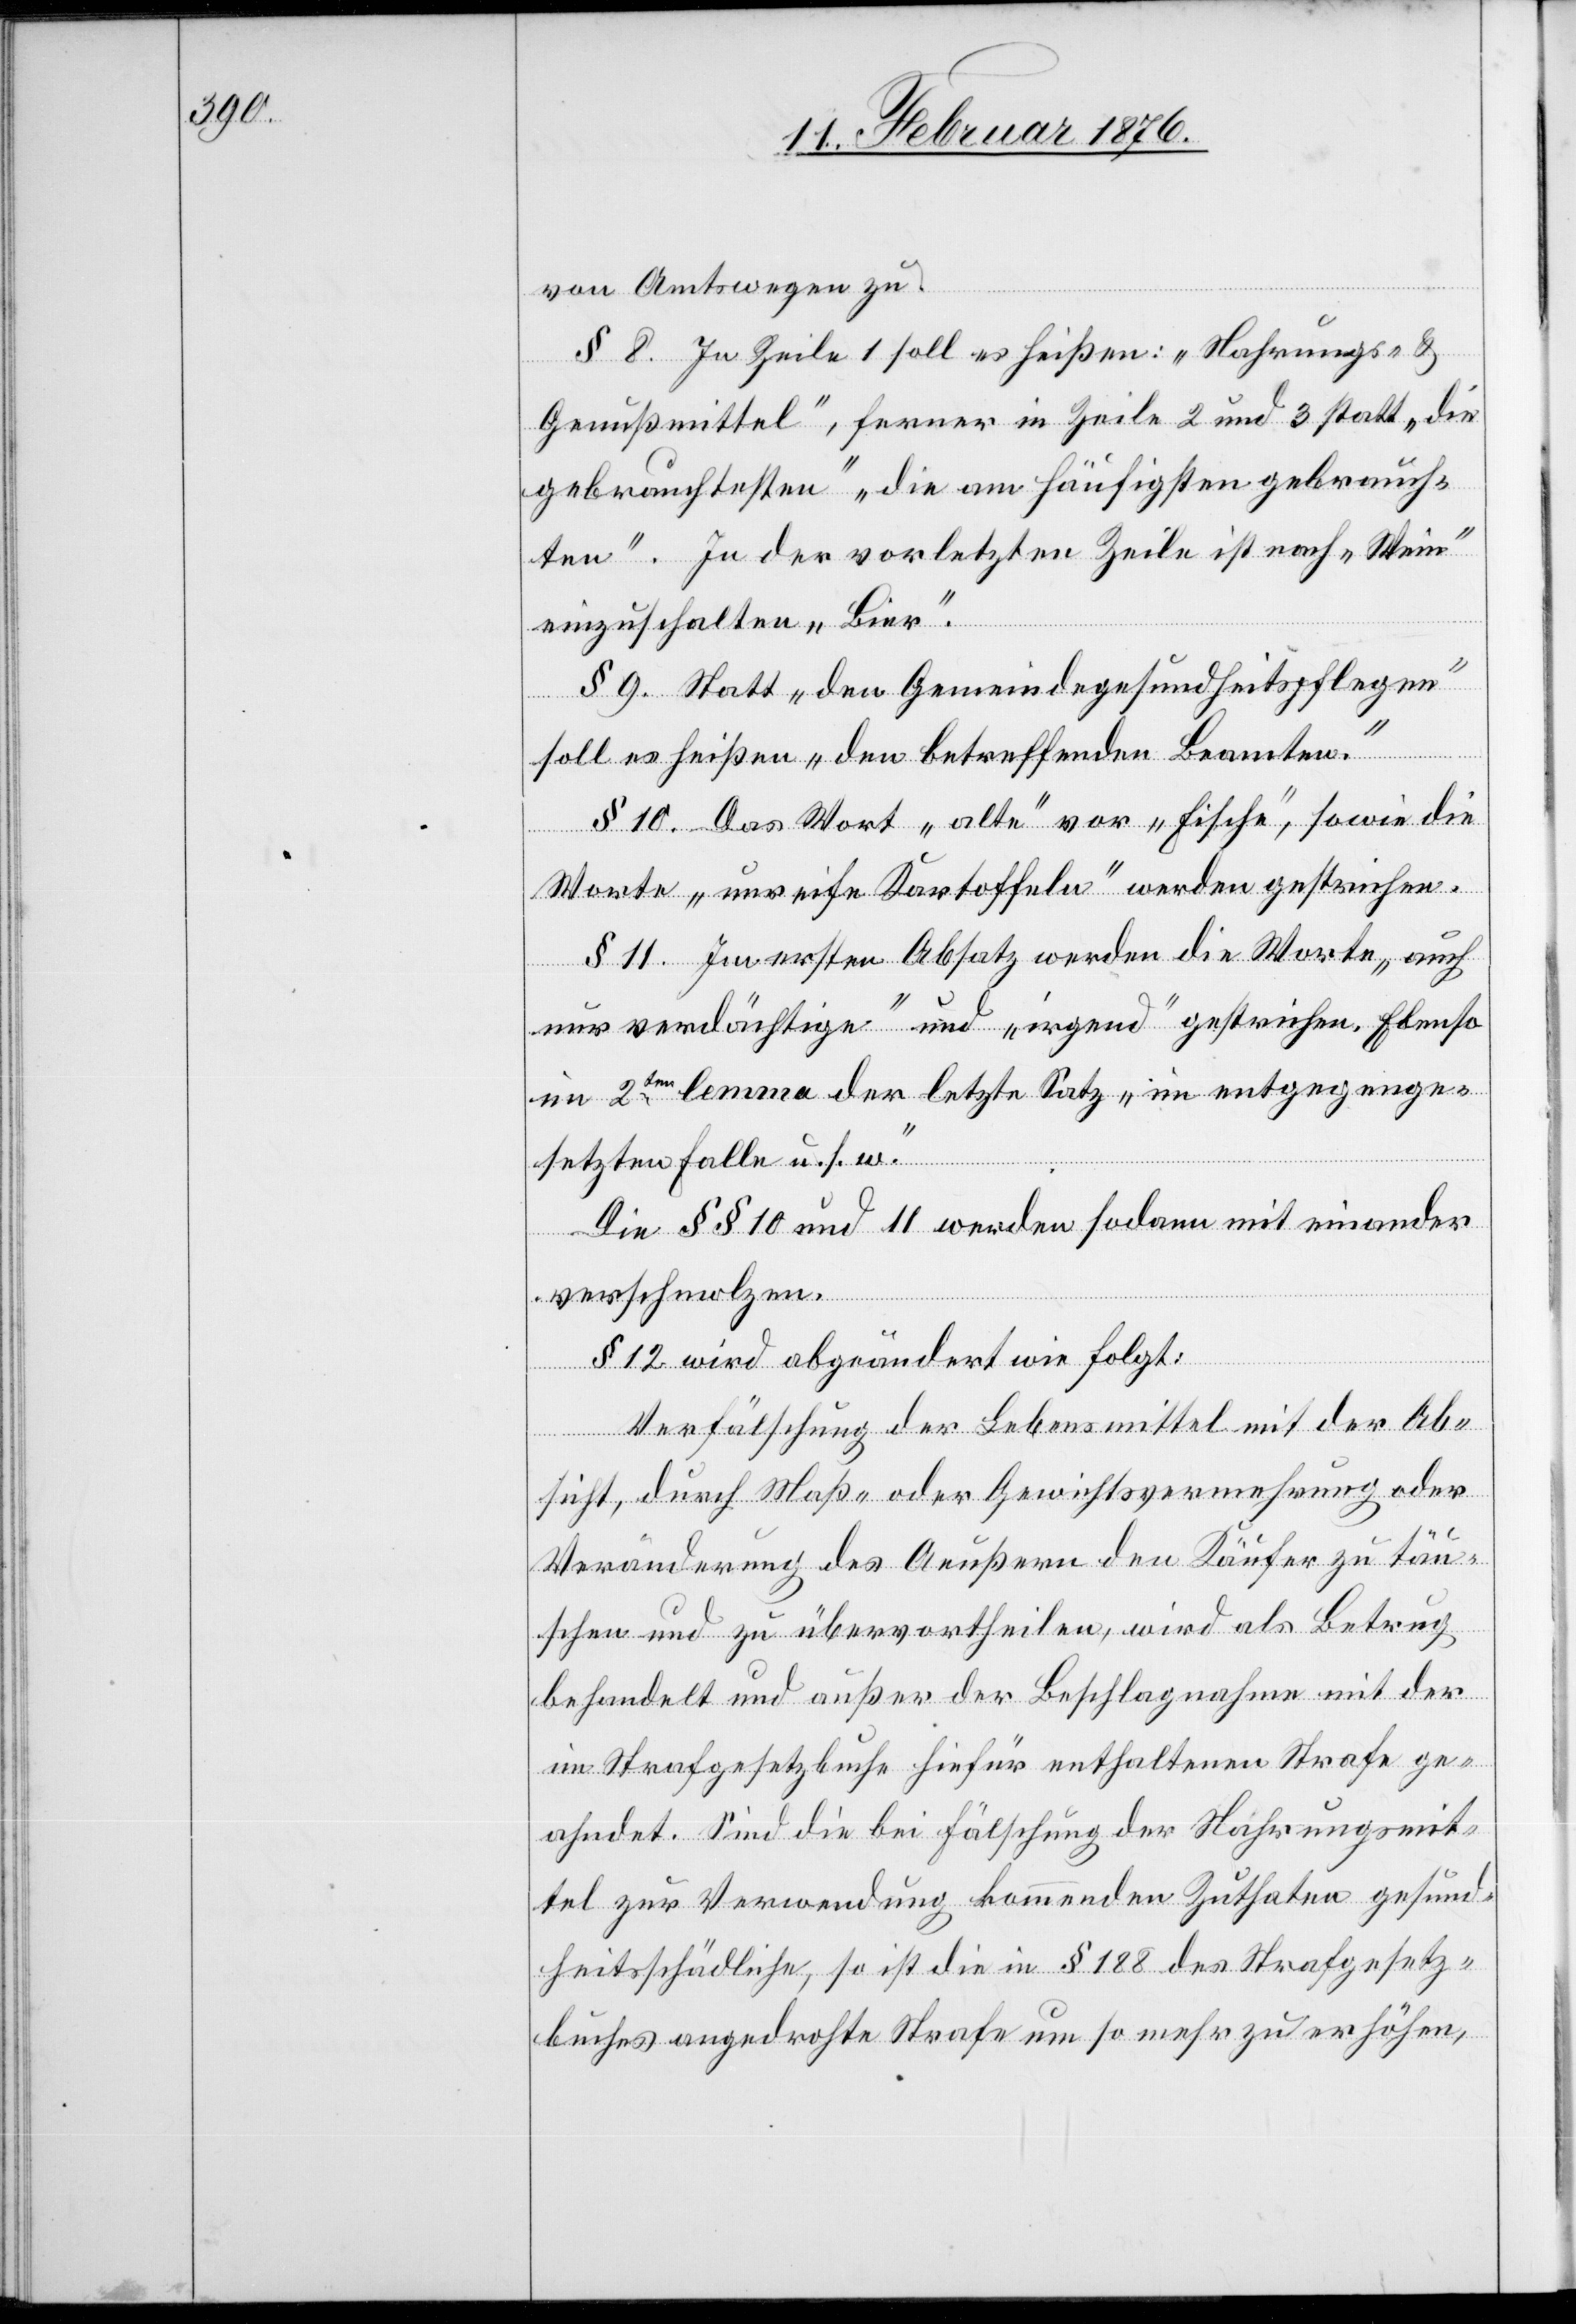
von Amtswegen zu.
§ 8. Zu Zeile 1 soll es heißen: „Nahrungs- &
Genußmittel“, ferner in Zeile 2 und 3 statt „die
gebrauchtesten“ „die am häufigsten gebrauch¬
ten“. In der vorletzten Zeile ist nach „Wein“
einzuschalten „Bier“.
§ 9. Statt „den Gemeindegesundheitspflegen“
soll es heißen „den betroffenen Beamten“.
§ 10. Das Wort „alte“ vor „Fische“, sowie die
Worte „unreife Kartoffeln“ werden gestrichen.
§ 11. Zu erstem Absatz werden die Worte „auch
nur verdächtige“ und „irgend“ gestrichen. Ebenso
im 2ten Lemma der letzte Satz „im entgegenge¬
setzten Falle u. s. w.“
Die §§ 10 und 11 werden sodann miteinander
und
verschmolzen.
§ 12 wird abgeändert wie folgt:
Verfälschung der Lebensmittel mit der Ab¬
sicht, durch Maß- oder Gewichtsvermehrung oder
Veränderung des Aeußern den Käufer zu täu¬
schen und zu übervortheilen, wird als Betrug
behandelt und außer der Beschlagnahme mit der
im Strafgesetzbuche hirfür enthaltenen Strafe ge¬
bracht. Sind die bei Fälschung der Nahrungsmit¬
tel zur Verwendung kommenden Zuthaten gesund¬
heitsschädlich, so ist die in § 188 des Strafgesetz¬
buches angedrohte Strafe um so mehr zu erhöhen,